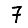
Digit: 7